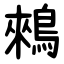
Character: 鶆